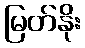
မြတ်နိုး